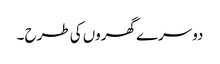
دوسرے گھروں کی طرح ۔